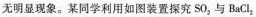
无明显现象。某同学利用如图装置探究SO_{2}与BaCI_{2}